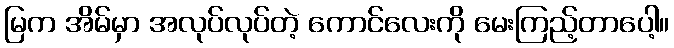
မြက အိမ်မှာ အလုပ်လုပ်တဲ့ ကောင်လေးကို မေးကြည့်တာပေါ့။